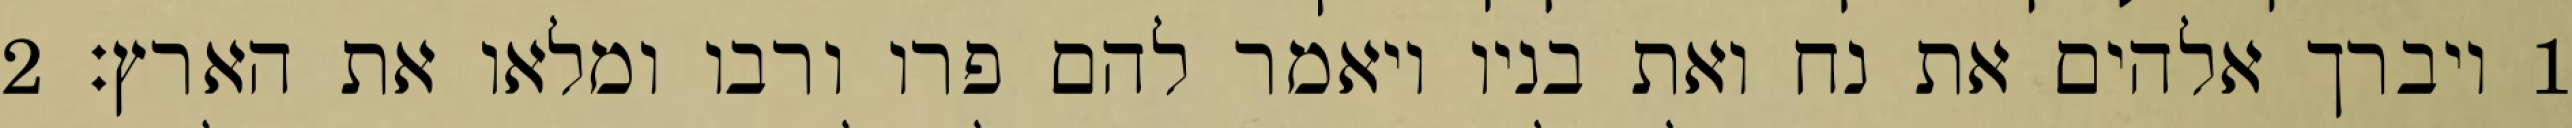
1 ויברך אלהים את נח ואת בניו ויאמר להם פרו ורבו ומלאו את הארץ׃ ‎2‏